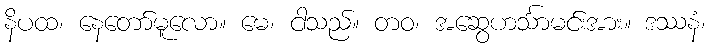
နိပထ၊ နေတော်မူလော။ မေ၊ ငါသည်။ တဝ၊ အဆွေဟင်္သာမင်းအား။ ဒဿနံ၊